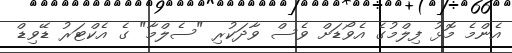
އެންމެ މޮޅު ފިލްމުގެ އެވޯޑަށް ވެސް ވާދަކުރި "ސެލްމާ" ގެ އެކްޓަރު ޑޭވިޑް